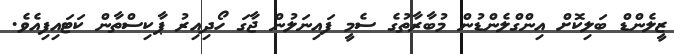
ޒީލެންޑް ބަލިކޮށް އިންގްލެންޑުން މުބާރާތުގެ ސެމީ ފައިނަލުން ޖާގަ ހޯދިއިރު ޕާކިސްތާން ކަޓައިފިއެވެ.